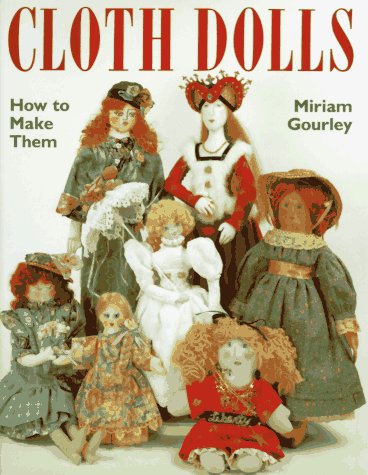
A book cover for Cloth Dolls : How to Make Them; Miriam Gourley; Crafts, Hobbies & Home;